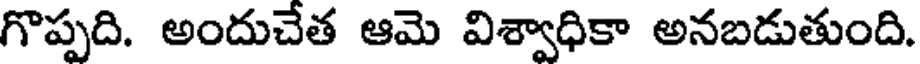
గొప్పది. అందుచేత ఆమె విశ్వాధికా అనబడుతుంది.